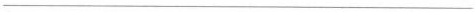
___